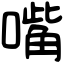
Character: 嘴